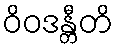
ဝိဝဒန္တီတိ